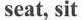
seat, sit